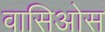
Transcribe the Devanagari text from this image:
वासिओस